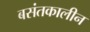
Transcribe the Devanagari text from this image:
बसंतकालीन